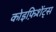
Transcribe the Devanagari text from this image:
कोइफ़िशेंट्स